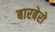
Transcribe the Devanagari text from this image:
बारबेरो